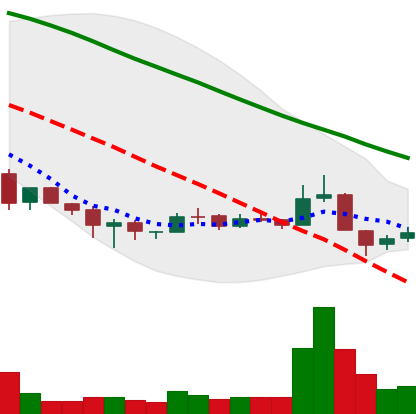
Ticker: BNB-USD
Chart end date: 2018-12-09
Forward return: -6.704%
Label: down_5_7